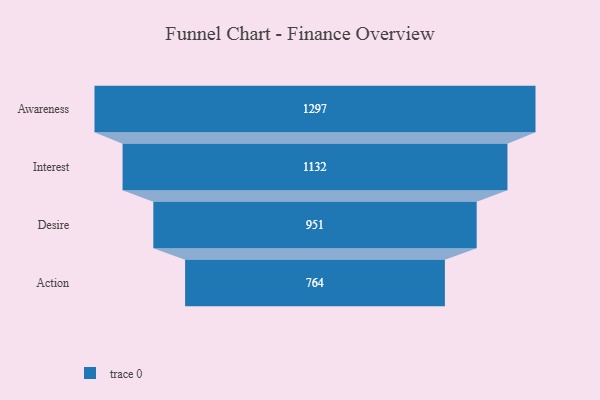
{"axis": {"x": "Stage", "y": "Value"}, "legend": [""], "data": [{"x": "Awareness", "y": 1297.0, "type": ""}, {"x": "Interest", "y": 1132.0, "type": ""}, {"x": "Desire", "y": 951.0, "type": ""}, {"x": "Action", "y": 764.0, "type": ""}]}